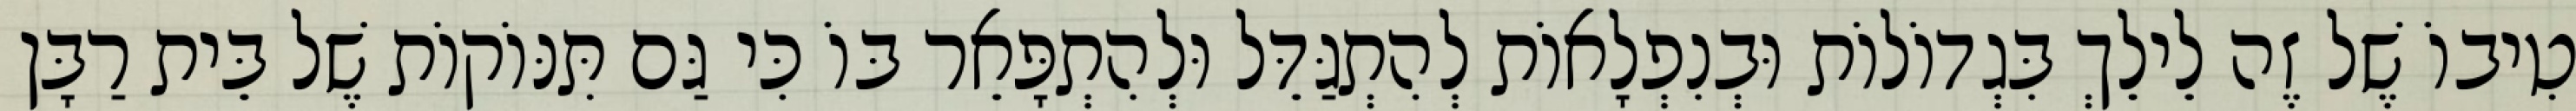
טִיבוֹ שֶׁל זֶה לֵילֵךְ בִּגְדוֹלוֹת וּבְנִפְלָאוֹת לְהִתְגַּדֵּל וּלְהִתְפָּאֵר בּוֹ כִּי גַּם תִּנּוֹקוֹת שֶׁל בֵּית רַבָּן